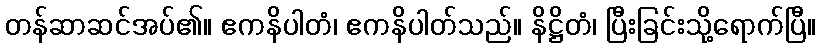
တန်ဆာဆင်အပ်၏။ ဧကနိပါတံ၊ ဧကနိပါတ်သည်။ နိဋ္ဌိတံ၊ ပြီးခြင်းသို့ရောက်ပြီ။